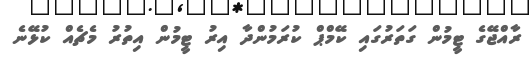
ރާއްޖޭގެ ޓީމުން ގަތަރުގައި ކޭމްޕް ކުރަމުންދާ އިރު ޓީމުން އިތުރު މެޗެއް ކުޅޭނެ